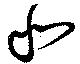
北